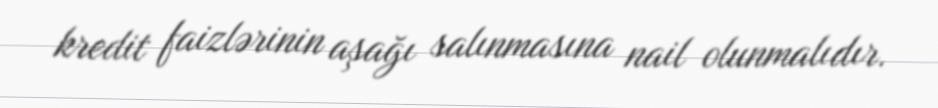
kredit faizlərinin aşağı salınmasına nail olunmalıdır.